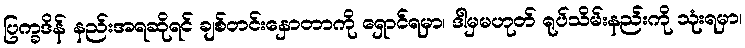
ပြက္ခဒိန် နည်းအရဆိုရင် ချစ်တင်းနှောတာကို ရှောင်ရမှာ၊ ဒါမှမဟုတ် ရုပ်သိမ်းနည်းကို သုံးရမှာ၊